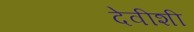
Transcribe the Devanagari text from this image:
देवीशी